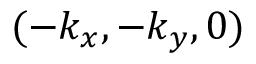
( - k _ { x } , - k _ { y } , 0 )